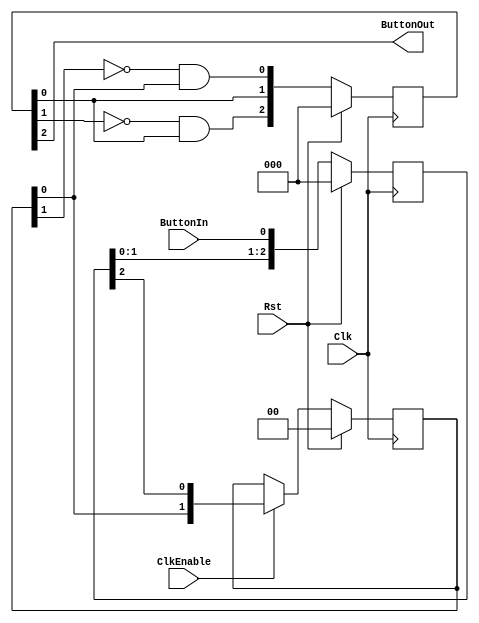
`timescale 1ns / 1ps
//////////////////////////////////////////////////////////////////////////////////
// Company: 
// Engineer: 
// 
// Design Name: 
// Module Name:    BCD2SevenSegments 
// Project Name: 
// Target Devices: 
// Tool versions: 
// Description: 
//
// Dependencies: 
//
// Revision: 
// Revision 0.01 - File Created
// Additional Comments: 
//
//////////////////////////////////////////////////////////////////////////////////
module ButtonDebouncer
(
	input					Clk,
	input					Rst,
	input					ClkEnable,
	input					ButtonIn,
	output				ButtonOut
);
	
	reg	[2:0]	ButtonOut_q;
	reg	[2:0]	ButtonOut_d;
	
	reg	[2:0]	ButtonIn_d;
	reg	[2:0]	ButtonIn_q;
	
	reg	[1:0]	ButtonDeb_d;
	reg	[1:0]	ButtonDeb_q;
	
	
	assign ButtonOut	=	ButtonOut_q[2];
	
	always @(posedge Clk)
	begin
		if(Rst)
		begin
			ButtonOut_q	<=		3'b0;
			ButtonIn_q	<=		3'b0;
			ButtonDeb_q	<=		2'b0;
		end
		else
		begin
			ButtonIn_q	<=	ButtonIn_d;
			ButtonOut_q	<=	ButtonOut_d;
			if(ClkEnable == 1'b1)
			begin
				ButtonDeb_q	<=		ButtonDeb_d;
			end
			else
			begin
				ButtonDeb_q	<=		ButtonDeb_q;
			end
		end
	end
	
	always	@*
	begin
		ButtonIn_d[2:0]	=	{ButtonIn_q[1:0],ButtonIn};
		ButtonDeb_d[1:0]	=	{ButtonDeb_q[1:0],ButtonIn_q[2]};
		ButtonOut_d[0]		=	(~ButtonDeb_q[1]&ButtonDeb_q[0]);
		ButtonOut_d[1]		=	ButtonOut_q[0];
		ButtonOut_d[2]		=	~ButtonOut_q[1]&ButtonOut_q[0];		
	end
endmodule